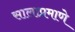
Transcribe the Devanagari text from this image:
सालाप्रमाणे